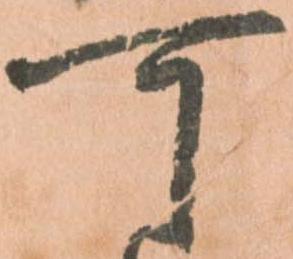
可